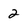
Character: 2